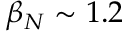
\beta _ { N } \sim 1 . 2